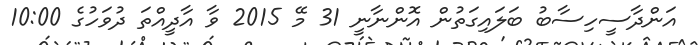
އަންދާސީހިސާބު ބަލައިގަތުން އޮންނާނީ 31 މޭ 2015 ވާ އާދީއްތަ ދުވަހުގެ 10:00